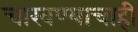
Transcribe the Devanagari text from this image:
चाखण्याचाही